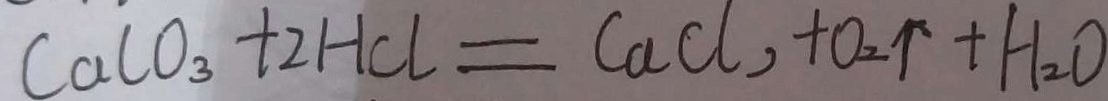
C a C O _ { 3 } + 2 H C l = C a C l , + O _ { 2 } \uparrow + H _ { 2 } O